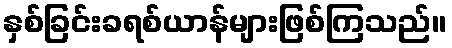
နှစ်ခြင်းခရစ်ယာန်များဖြစ်ကြသည်။